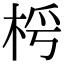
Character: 𣑂